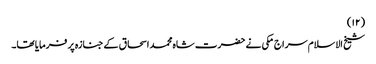
(۱۲)
شیخ الاسلام سراج مکی نے حضرت شاہ محمد اسحاق کے جنازہ پر فرمایا تھا۔